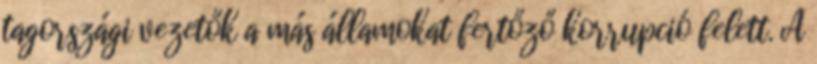
tagországi vezetők a más államokat fertőző korrupció felett. A